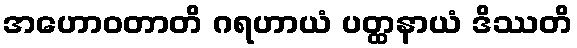
အဟောဝတာတိ ဂရဟာယံ ပတ္ထနာယံ ဒိဿတိ